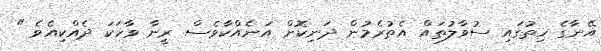
އޭނާގެ ހިތުގައި ސުވާލުތައް އެތުރެމުން ދަނިކޮށް އަނެއްކާވެސް ރީނާ ވާހަކަ ދެއްކިއެވެ "